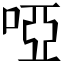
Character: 啞